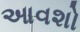
આવશો